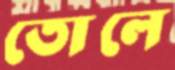
তোলে